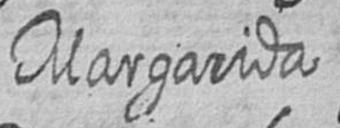
Margarida